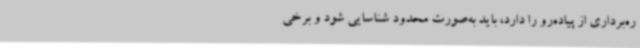
ره‌برداری از پیاده‌رو را دارد، باید به‌صورت محدود شناسایی شود و برخی